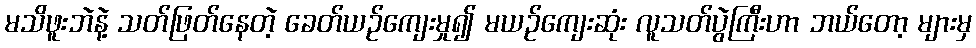
မသိဖူးဘဲနဲ့ သတ်ဖြတ်နေတဲ့ ခေတ်ယဉ်ကျေးမှု၍ မယဉ်ကျေးဆုံး လူသတ်ပွဲကြီးဟာ ဘယ်တော့ များမှ